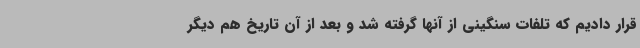
قرار دادیم که تلفات سنگینی از آنها گرفته شد و بعد از آن تاریخ هم دیگر